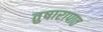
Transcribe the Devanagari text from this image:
तुषारापात